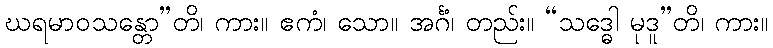
ဃရမာဝသန္တော”တိ၊ ကား။ ဧကံ၊ သော။ အင်္ဂံ၊ တည်း။ “သဒ္ဓေါ မုဒူ”တိ၊ ကား။